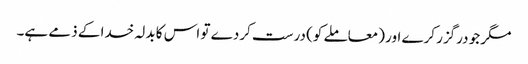
مگر جو درگزر کرے اور (معاملے کو) درست کردے تو اس کا بدلہ خدا کے ذمے ہے۔